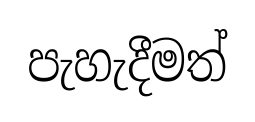
පැහැදීමත්